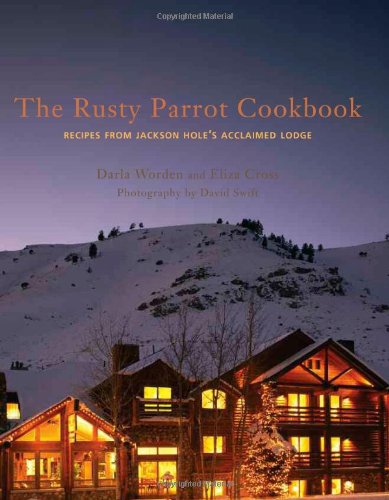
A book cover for The Rusty Parrot Cookbook: Recipes from Jackson Hole's Acclaimed Lodge; Eliza Cross; Cookbooks, Food & Wine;